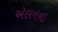
ઍલનના